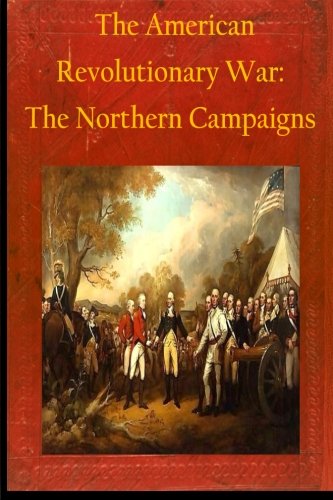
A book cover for The American Revolutionary War: The Northern Campaigns; Matthew Forney Steele; History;